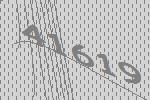
41619